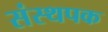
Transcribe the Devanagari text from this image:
संस्थपक